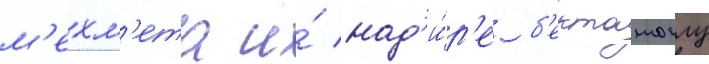
м'ехм'ета и́ над'и́р'е б'екташоглу